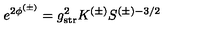
e ^ { 2 \phi ^ { ( \pm ) } } = g _ { \mathrm { s t r } } ^ { 2 } K ^ { ( \pm ) } S ^ { ( \pm ) - 3 / 2 }